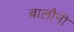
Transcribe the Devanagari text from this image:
बालौनी